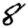
Digit: 8